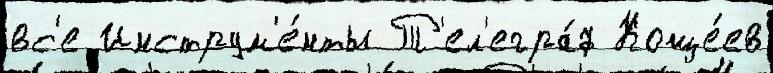
вс'е Инструм'е́нты Т'ел'егра́ф Коще́ев